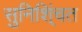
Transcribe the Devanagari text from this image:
सुनिशि्ंचत